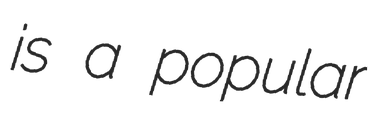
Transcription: is a popular